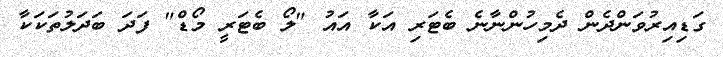
ގަޑިއިރުވަންދެން ދެމިހުންނާނެ ބެޓަރި އަކާ އައު "ލޯ ބެޓަރީ މޯޑް" ފަދަ ބަދަލުތަކަކާ